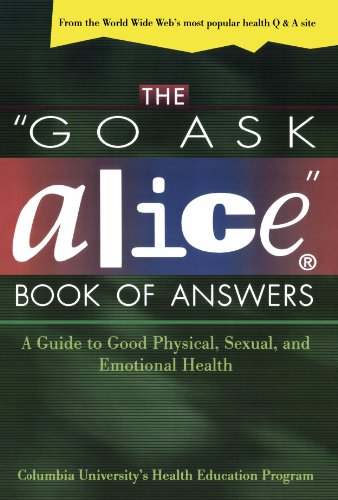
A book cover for The "Go Ask Alice" Book of Answers: A Guide to Good Physical, Sexual, and Emotional Health; Columbia University's Health Education Program; Teen & Young Adult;